Plague in India, 1896, 1897 - Volume 1
Year: 1896
Disease focus: Plague
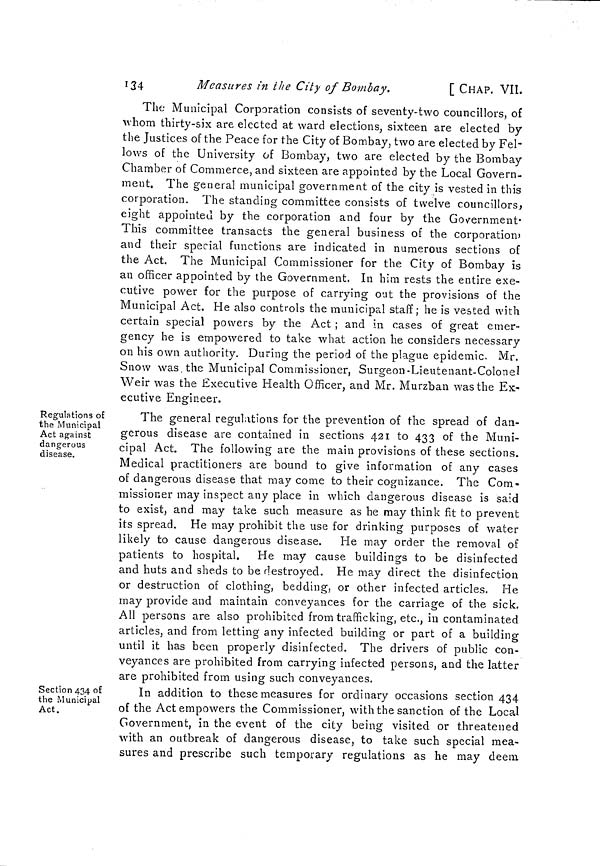
134
Measures in the City of Bombay.
[ CHAP. VII.
The Municipal Corporation consists of seventy-two councillors, of
whom thirty-six are elected at ward elections, sixteen are elected by
the Justices of the Peace for the City of Bombay, two are elected by Fel-
lows of the University of Bombay, two are elected by the Bombay
Chamber of Commerce, and sixteen are appointed by the Local Govern-
ment. The general municipal government of the city is vested in this
corporation. The standing committee consists of twelve councillors,
eight appointed by the corporation and four by the Government.
This committee transacts the general business of the corporation)
and their special functions are indicated in numerous sections of
the Act. The Municipal Commissioner for the City of Bombay is
an officer appointed by the Government. In him rests the entire exe-
cutive power for the purpose of carrying out the provisions of the
Municipal Act. He also controls the municipal staff; he is vested with
certain special powers by the Act ; and in cases of great emer-
gency he is empowered to take what action he considers necessary
on his own authority. During the period of the plague epidemic. Mr.
Snow was the Municipal Commissioner, Surgeon-Lieutenant-Colonel
Weir was the Executive Health Officer, and Mr. Murzban was the Ex-
ecutive Engineer.
Regulations of
the Municipal
Act against
dangerous
disease.
The general regulations for the prevention of the spread of dan-
gerous disease are contained in sections 421 to 433 of the Muni-
cipal Act. The following are the main provisions of these sections.
Medical practitioners are bound to give information of any cases
of dangerous disease that may come to their cognizance. The Com-
missioner may inspect any place in which dangerous disease is said
to exist, and may take such measure as he may think fit to prevent
its spread. He may prohibit the use for drinking purposes of water
likely to cause dangerous disease. He may order the removal of
patients to hospital. He may cause buildings to be disinfected
and huts and sheds to be destroyed. He may direct the disinfection
or destruction of clothing, bedding, or other infected articles. He
may provide and maintain conveyances for the carriage of the sick.
All persons are also prohibited from trafficking, etc., in contaminated
articles, and from letting any infected building or part of a building
until it has been properly disinfected. The drivers of public con-
veyances are prohibited from carrying infected persons, and the latter
are prohibited from using such conveyances.
Section 434 of
the Municipal
Act.
In addition to these measures for ordinary occasions section 434
of the Act empowers the Commissioner, with the sanction of the Local
Government, in the event of the city being visited or threatened
with an outbreak of dangerous disease, to take such special mea-
sures and prescribe such temporary regulations as he may deem